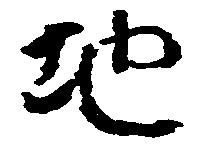
地